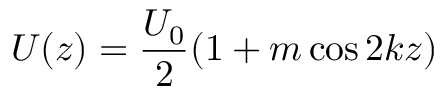
U ( z ) = \frac { U _ { 0 } } { 2 } ( 1 + m \cos 2 k z )